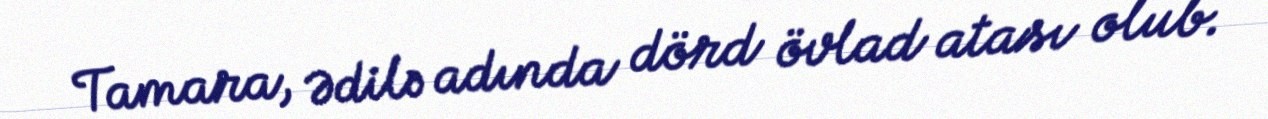
Tamara, Ədilə adında dörd övlad atası olub.